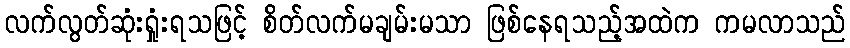
လက်လွတ်ဆုံးရှုံးရသဖြင့် စိတ်လက်မချမ်းမသာ ဖြစ်နေရသည့်အထဲက ကမလာသည်